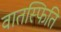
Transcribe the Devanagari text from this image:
वातस्फिति